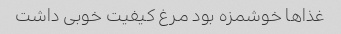
غذا‌ها خوشمزه بود مرغ کیفیت خوبی داشت